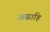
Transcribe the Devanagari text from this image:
असाहि